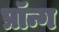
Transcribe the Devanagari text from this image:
प्रॉन्ग